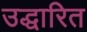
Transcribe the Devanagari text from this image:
उद्धारित